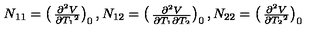
N _ { 1 1 } = \left( \begin{matrix} { { \frac { { \partial ^ { 2 } } V } { \partial { T _ { 1 } } ^ { 2 } } } } \\ \end{matrix} \right) _ { 0 } , N _ { 1 2 } = \left( \begin{matrix} { { \frac { { \partial ^ { 2 } } V } { \partial { T _ { 1 } } \partial { T _ { 2 } } } } } \\ \end{matrix} \right) _ { 0 } , N _ { 2 2 } = \left( \begin{matrix} { { \frac { { \partial ^ { 2 } } V } { \partial { T _ { 2 } } ^ { 2 } } } } \\ \end{matrix} \right) _ { 0 }